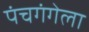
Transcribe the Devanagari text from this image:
पंचगंगेला